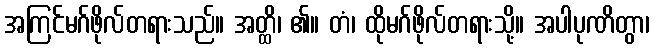
အကြင်မဂ်ဖိုလ်တရားသည်။ အတ္ထိ၊ ၏။ တံ၊ ထိုမဂ်ဖိုလ်တရားသို့။ အပါပုဏိတွာ၊